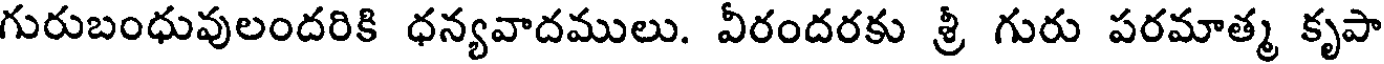
గురుబంధువులందరికి ధన్యవాదములు. వీరందరకు శ్రీ గురు పరమాత్మ కృపా